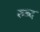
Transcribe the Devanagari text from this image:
रुब्द